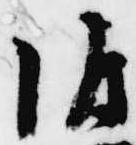
源